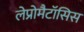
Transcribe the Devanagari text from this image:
लेप्रोमैटॉसिस